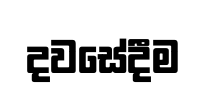
දවසේදීම